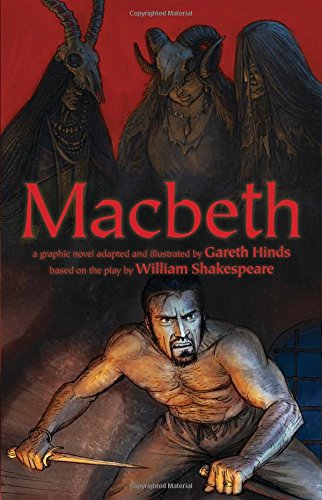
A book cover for Macbeth; Gareth Hinds; Literature & Fiction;